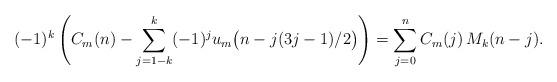
LaTeX: \begin{align*}& (-1)^{k} \left(C_m(n)-\sum_{j=1-k}^k (-1)^j u_m\big(n-j(3j-1)/2\big) \right)= \sum_{j=0}^n C_m(j)\,M_k(n-j).\end{align*}